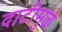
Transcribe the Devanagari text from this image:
दाटीमुळे